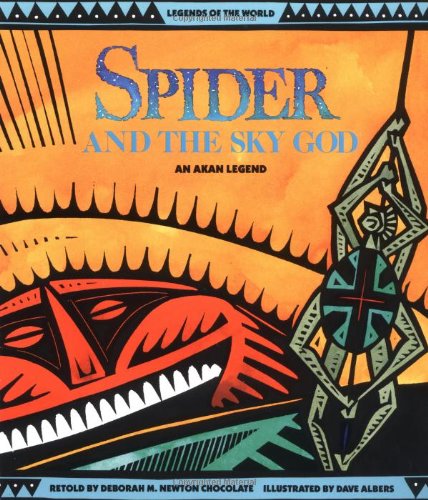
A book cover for Spider and the Sky God: An Akan Legend (Legends of the World); Deborah M. Newton Chocolate; Children's Books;